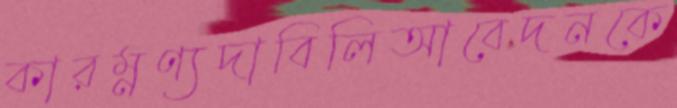
কারম্নণ্যদাবিলিআবেদনকে